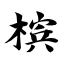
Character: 槟